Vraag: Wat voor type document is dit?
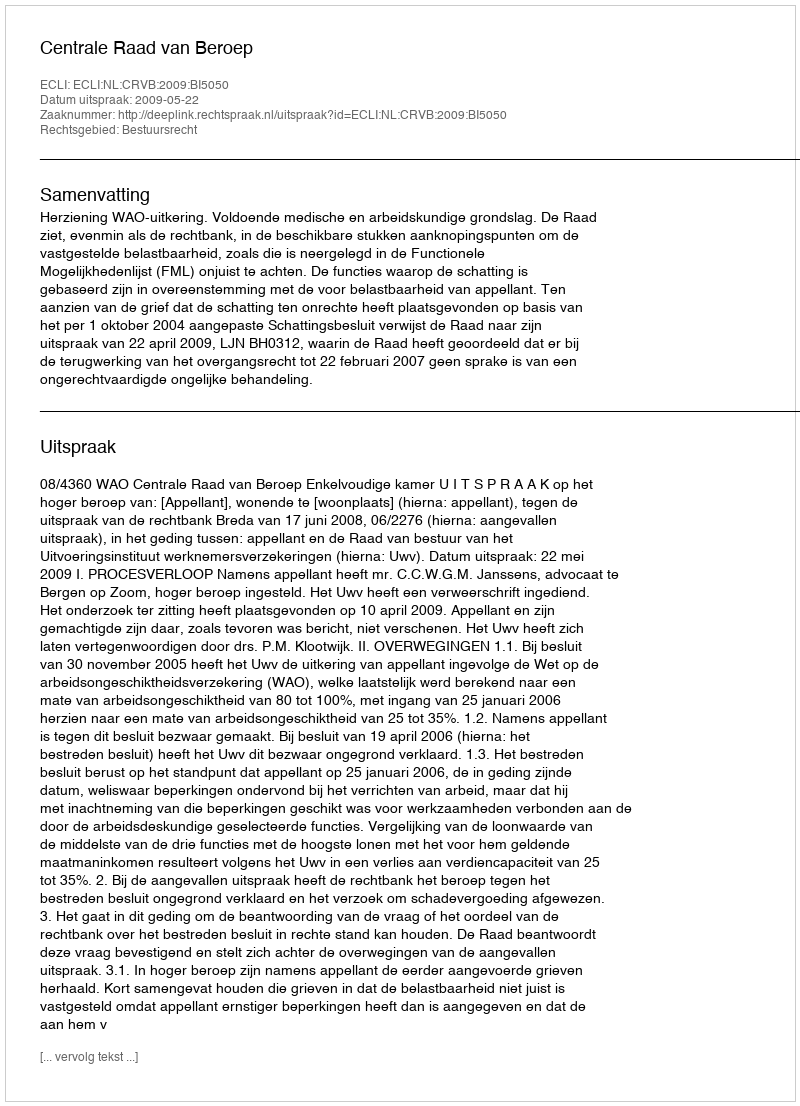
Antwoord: Uitspraak